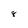
Character: 8